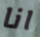
انا